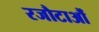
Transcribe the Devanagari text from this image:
रजौटाऔं